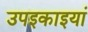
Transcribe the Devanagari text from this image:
उपइकाइयां